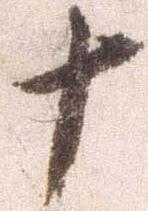
十